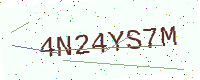
Text: 4N24YS7M